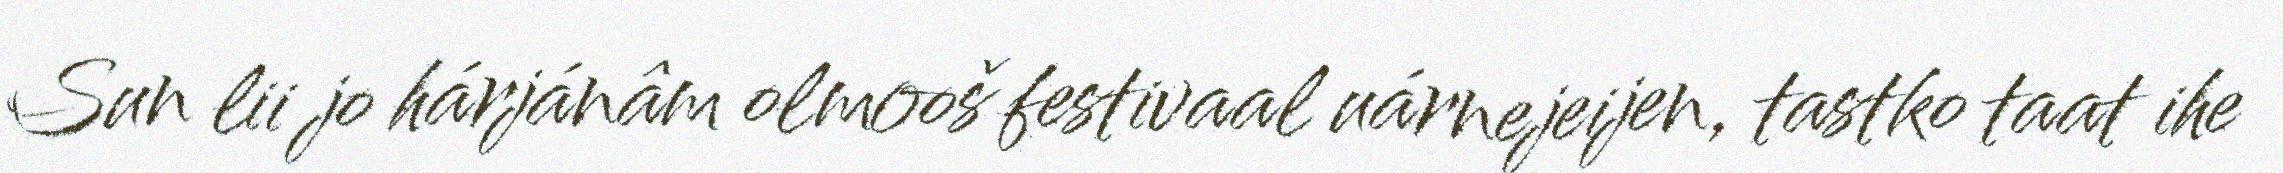
Sun lii jo hárjánâm olmooš festivaal uárnejeijen, tastko taat ihe